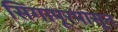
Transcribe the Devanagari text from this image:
सिंगापूरपासून